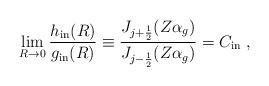
LaTeX: \begin{align*}\lim_{R\to 0}\frac{h_{\rm in}(R)}{g_{\rm in}(R)}\equiv\frac{J_{j+\frac{1}{2}}(Z\alpha_g )}{J_{j-\frac{1}{2}}(Z\alpha_g )}=C_{\rm in}\;,\end{align*}